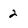
Character: 2